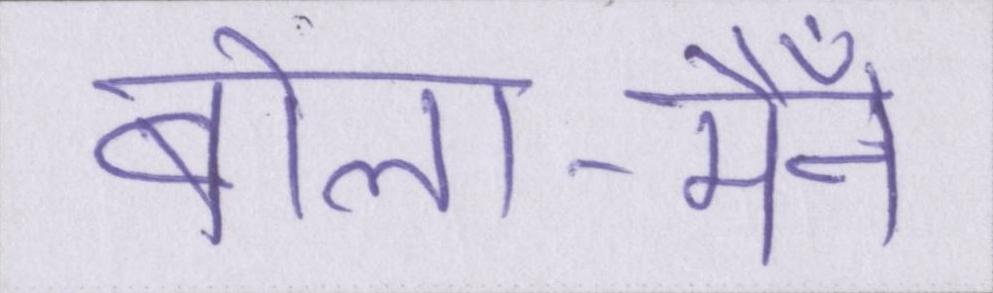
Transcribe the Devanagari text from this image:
बोला-मैँने